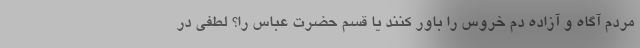
مردم آگاه و آزاده دم خروس را باور کنند یا قسم حضرت عباس را؟ لطفی در